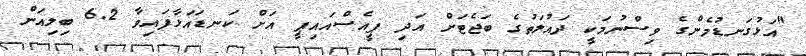
"އަޅުގަނޑުމެންގެ ވިސްނުމަކީ ދައުލަތުގެ ބަޖެޓަށް އަދި ޕީއެސްއައިޕީ އަށް ކަނޑައަޅާފައިވާ 6.2 ބިލިއަން